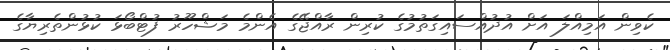
ކެވިން އަމިއްލަ އަށް އުދުއްސައިގަތުމުގެ ކުރިން ރާއްޖޭގެ އެންމެ މަޝްހޫރު ފުޓްބޯޅަ ކުޅުންތެރިޔާގެ